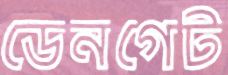
ডেনগেট